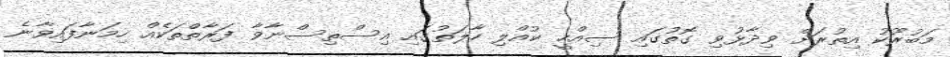
މަބުރޫކު އިތުރަށް ވިދާޅުވި ގޮތުގައި ސިއްހީ ކުއްލި ހާލަތުގައި އިސްތިސްނާވާ ފަރާތްތަކެއް ހިމަނާފައިވާނެ